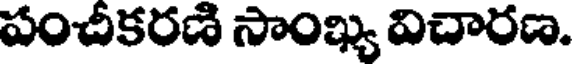
పంచీకరణి సాంఖ్య విచారణ.